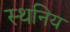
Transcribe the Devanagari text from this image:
स्थनिय